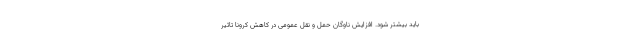
باید بیشتر شود. افزایش ناوگان حمل و نقل عمومی در کاهش کرونا تاثیر